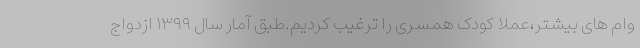
وام های بیشتر،عملا کودک همسری را ترغیب کردیم.طبق آمار سال ۱۳۹۹ ازدواج